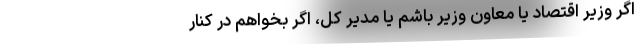
اگر وزیر اقتصاد یا معاون وزیر باشم یا مدیر کل، اگر بخواهم در کنار